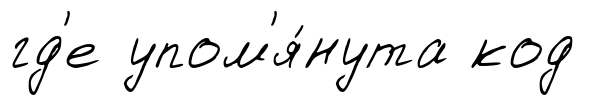
гд'е упом'я́нута код